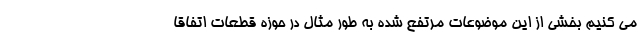
می کنیم بخشی از این موضوعات مرتفع شده به طور مثال در حوزه قطعات اتفاقا